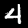
Label: 4